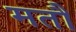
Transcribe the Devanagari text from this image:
मतौ